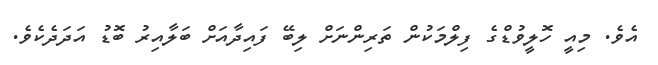
އެވެ. މިއީ ހޮލީވުޑްގެ ފިލްމަކުން ތަރިންނަށް ލިބޭ ފައިދާއަށް ބަލާއިރު ބޮޑު އަދަދެކެވެ.